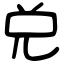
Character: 兑